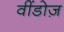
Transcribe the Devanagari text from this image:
वींडोज़